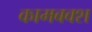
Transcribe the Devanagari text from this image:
कामबक्श